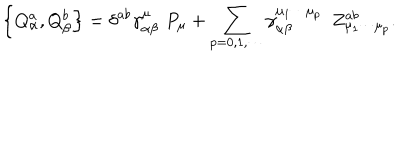
\left\{ Q _ { \alpha } ^ { a } , Q _ { \beta } ^ { b } \right\} = \delta ^ { a b } \gamma _ { \alpha \beta } ^ { \mu } \, \, P _ { \mu } + \sum _ { p = 0 , 1 , \cdots } \gamma _ { \alpha \beta } ^ { \mu _ { 1 } \cdots \mu _ { p } } \, \, \, Z _ { \mu _ { 1 } \cdots \mu _ { p } } ^ { a b } .